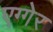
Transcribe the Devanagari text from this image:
एग्गेर